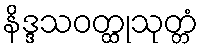
နိဒ္ဒသဝတ္ထုသုတ္တံ